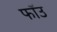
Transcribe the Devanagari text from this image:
फॉउ